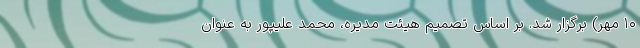
۱۰ مهر) برگزار شد. بر اساس تصمیم هیئت مدیره، محمد علیپور به عنوان